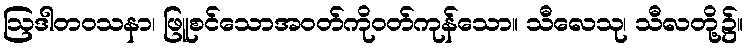
ဩဒါတဝသနာ၊ ဖြူစင်သောအဝတ်ကိုဝတ်ကုန်သော။ သီလေသု၊ သီလတို့၌။